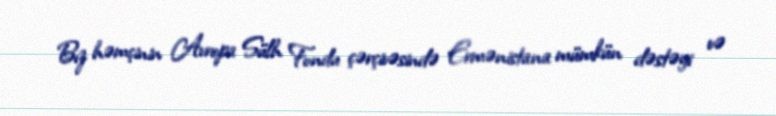
Bız həmçinin Avropa Sülh Fondu çərçivəsində Ermənistana mümkün dəstəyi və